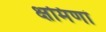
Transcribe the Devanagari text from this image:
क्षमिणां